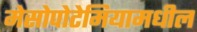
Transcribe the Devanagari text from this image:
मेसोपोटेमियामधील